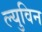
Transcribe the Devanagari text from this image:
ल्युविन